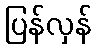
ပြန်လှန်